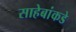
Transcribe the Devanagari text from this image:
साहेबांकडे